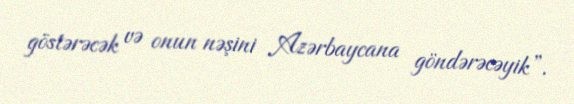
göstərəcək və onun nəşini Azərbaycana göndərəcəyik”.